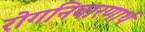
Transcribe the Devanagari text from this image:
रोगनिवारणार्थ